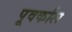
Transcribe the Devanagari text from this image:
पूवर्काल